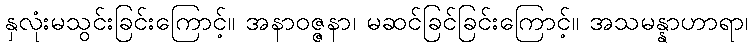
နှလုံးမသွင်းခြင်းကြောင့်။ အနာဝဇ္ဇနာ၊ မဆင်ခြင်ခြင်းကြောင့်။ အသမန္နာဟာရာ၊